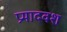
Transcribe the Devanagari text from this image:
प्रमादवश